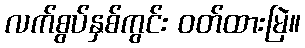
လက်စွပ်နှစ်ကွင်း ဝတ်ထားမြဲ။